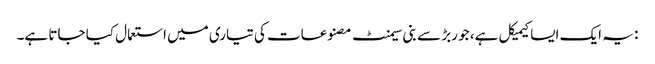
: یہ ایک ایسا کیمیکل ہے، جو ربڑ سے بنی سیمنٹ مصنوعات کی تیاری میں استعمال کیا جاتا ہے۔